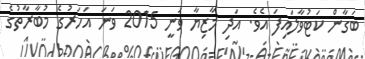
ބަގާން ކަޓުވާލައިފަ އެވެ. އަދި މާޒިޔާ ވަނީ 2015 ވަނަ އަހަރުގެ މުބާރާތުގެ